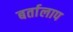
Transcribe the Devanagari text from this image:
बर्तालाप